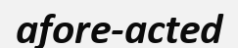
afore-acted